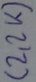
Text: (2,2K)